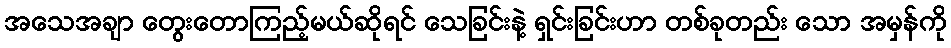
အသေအချာ တွေးတောကြည့်မယ်ဆိုရင် သေခြင်းနဲ့ ရှင်းခြင်းဟာ တစ်ခုတည်း သော အမှန်ကို